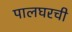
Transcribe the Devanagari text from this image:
पालघरची